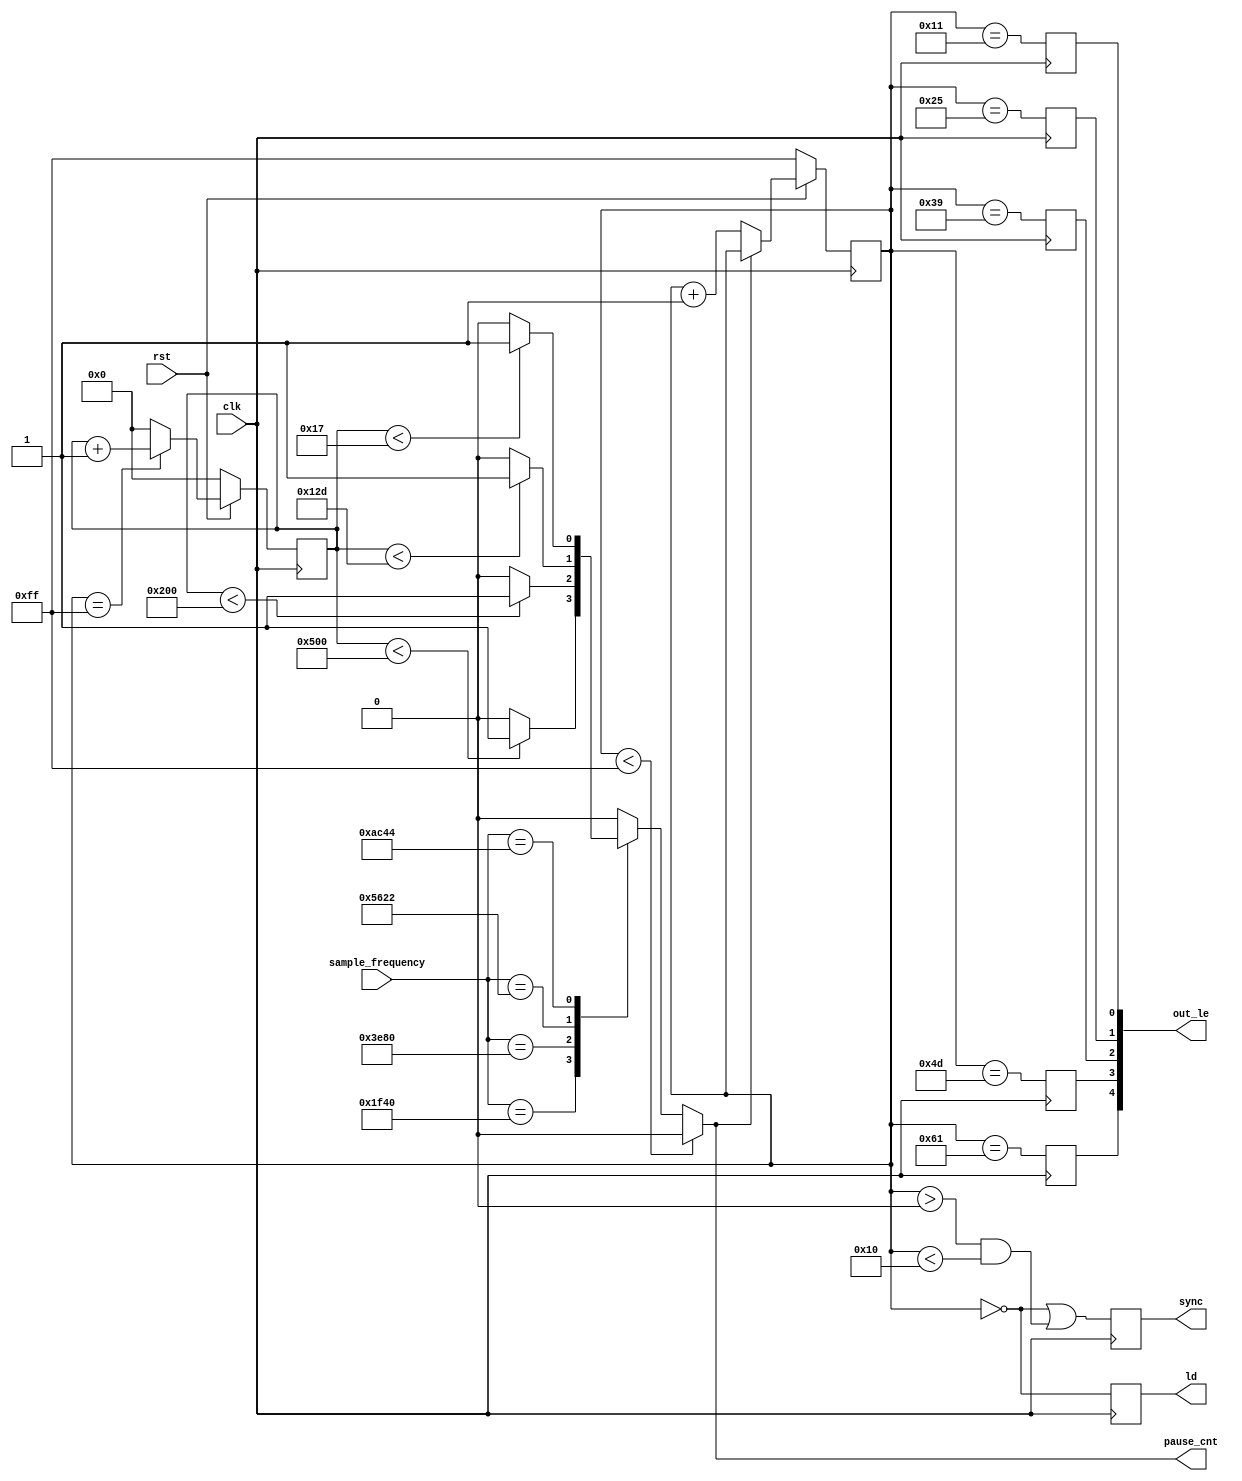
/////////////////////////////////////////////////////////////////////
////  Serial Output Controller                                   ////
/////////////////////////////////////////////////////////////////////

`timescale 1 ns/ 100 ps

module ac97_soc(
		clk, rst, sample_frequency, sync, out_le, ld, pause_cnt
		);

input		clk;
input		rst;
input		[15:0] sample_frequency;
output		sync;
output	[4:0]	out_le;
output		ld;
output pause_cnt;
////////////////////////////////////////////////////////////////////
//
// Local Wires
//

reg	[7:0]	cnt;
reg		sync_beat;
reg	[4:0]	out_le;
reg		ld;
reg [10:0] void_count;
reg pause_cnt;

assign sync = sync_beat ;
////////////////////////////////////////////////////////////////////
//
// Misc Logic
//

always @(posedge clk)
	if (!rst) cnt <= 8'hff;
	else 
		if (pause_cnt == 0) cnt <= cnt + 8'h1;

always @(posedge clk)
	ld <= #1 (cnt == 8'h00);

always @(posedge clk) begin
	sync_beat <= #1 (cnt == 8'h00) | ((cnt > 8'h00) & (cnt < 8'h10));
end

always @ (posedge clk) begin
	if (!rst) void_count <= 11'h0;
	else if (cnt == 'hff) void_count <= void_count + 11'h1;
	else void_count <= 0;
end

always @ (cnt or void_count or sample_frequency) begin
	if (cnt < 'hff) pause_cnt <= 0;
	else begin
		case (sample_frequency)
		16'h1F40: // 8k
			if (void_count < 'd1280) pause_cnt <= 1;
			else pause_cnt <= 0;
		16'h3E80: // 16k
			if (void_count < 'd512) pause_cnt <= 1;
			else pause_cnt <= 0;
		16'h5622: //22.05k
			if (void_count < 'd301) pause_cnt <= 1;
			else pause_cnt <= 0;
		16'hAC44: // 44.1k
			if (void_count < 'd23) pause_cnt <= 1;
			else pause_cnt <= 0;
		default: // 48k
			pause_cnt <= 0;
		endcase
	end
end

always @(posedge clk)
	out_le[0] <= #1 (cnt == 8'h11);		// Slot 0 Latch Enable

always @(posedge clk)
	out_le[1] <= #1 (cnt == 8'h25);		// Slot 1 Latch Enable

always @(posedge clk)
	out_le[2] <= #1 (cnt == 8'h39);		// Slot 2 Latch Enable

always @(posedge clk)
	out_le[3] <= #1 (cnt == 8'h4d);		// Slot 3 Latch Enable

always @(posedge clk)
	out_le[4] <= #1 (cnt == 8'h61);		// Slot 4 Latch Enable
/*
always @(posedge clk)
	out_le[5] <= #1 (cnt == 8'h75);		// Slot 5 Latch Enable

always @(posedge clk)
	out_le[6] <= #1 (cnt == 8'h89);		// Slot 6 Latch Enable

always @(posedge clk)
	out_le[7] <= #1 (cnt == 8'h9d);		// Slot 7 Latch Enable

always @(posedge clk)
	out_le[8] <= #1 (cnt == 8'hb1);		// Slot 8 Latch Enable

always @(posedge clk)
	out_le[9] <= #1 (cnt == 8'hc5);		// Slot 9 Latch Enable

always @(posedge clk)
	out_le[10] <= #1 (cnt == 8'hd9);		// Slot 10 Latch Enable

always @(posedge clk)
	out_le[11] <= #1 (cnt == 8'hEd);		// Slot 11 Latch Enable

always @(posedge clk)
	out_le[12] <= #1 (cnt == 8'h00);	*/	// Slot 12 Latch Enable	

endmodule